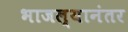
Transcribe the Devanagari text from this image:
भाजल्यानंतर